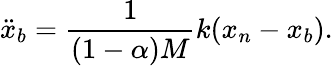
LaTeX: \ddot{x}_{b}=\frac{1}{(1-\alpha)M}k(x_{n}-x_{b}).